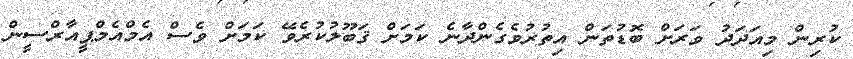
ކުރިން މިއަދަދު ވަރަށް ބޮޑުތަން އިތުރުވެގެންދާނެ ކަމަށް ޤަބޫލުކުރެވޭ ކަމަށް ވެސް އެމްއެމްޕީއާރްސީން